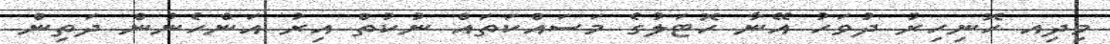
މިދިއ ހޮނިހިރު ދުވަހު އޭނާ ހޮޓަލުގެ މަސައްކަތައް ނުކުތް އިރު އަންހެނުން ދަތިން